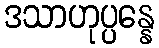
ဒသာဟုပ္ပန္နေ